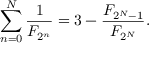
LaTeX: \sum _ { n = 0 } ^ { N } { \frac { 1 } { F _ { 2 ^ { n } } } } = 3 - { \frac { F _ { 2 ^ { N } - 1 } } { F _ { 2 ^ { N } } } } .